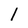
Character: l